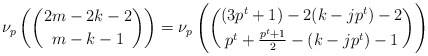
\begin{align*}\nu_p \left( \binom{2m-2k-2}{m-k-1} \right)=\nu_p \left(\binom{(3p^t+1)-2(k-j p^t)-2}{p^t+\frac{p^t+1}{2}-(k-j p^t)-1}\right)\end{align*}